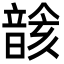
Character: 𩐰